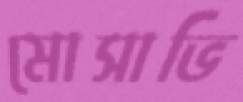
মোসাভি